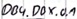
Text: DB4.DBX.0.1